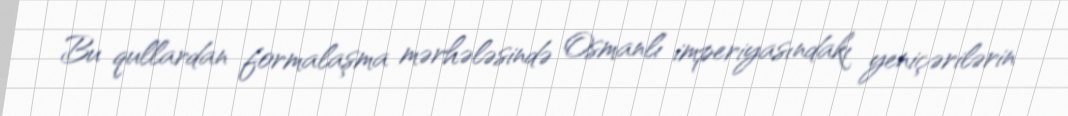
Bu qullardan formalaşma mərhələsində Osmanlı imperiyasındakı yeniçərilərin